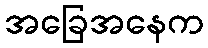
အခြေအနေက